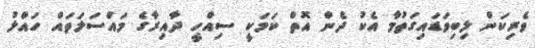
ވެރިކަން ލިބިވަޑައިގަތުމާ އެކު ދެން އޮތް ކަމަކީ ސިއްހީ ދާއިރާގެ މައްސަލަތައް ހައްލު